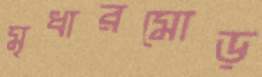
মৃধারমোড়